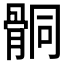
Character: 𩩅